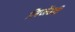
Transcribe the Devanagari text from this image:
लिजेंडरी